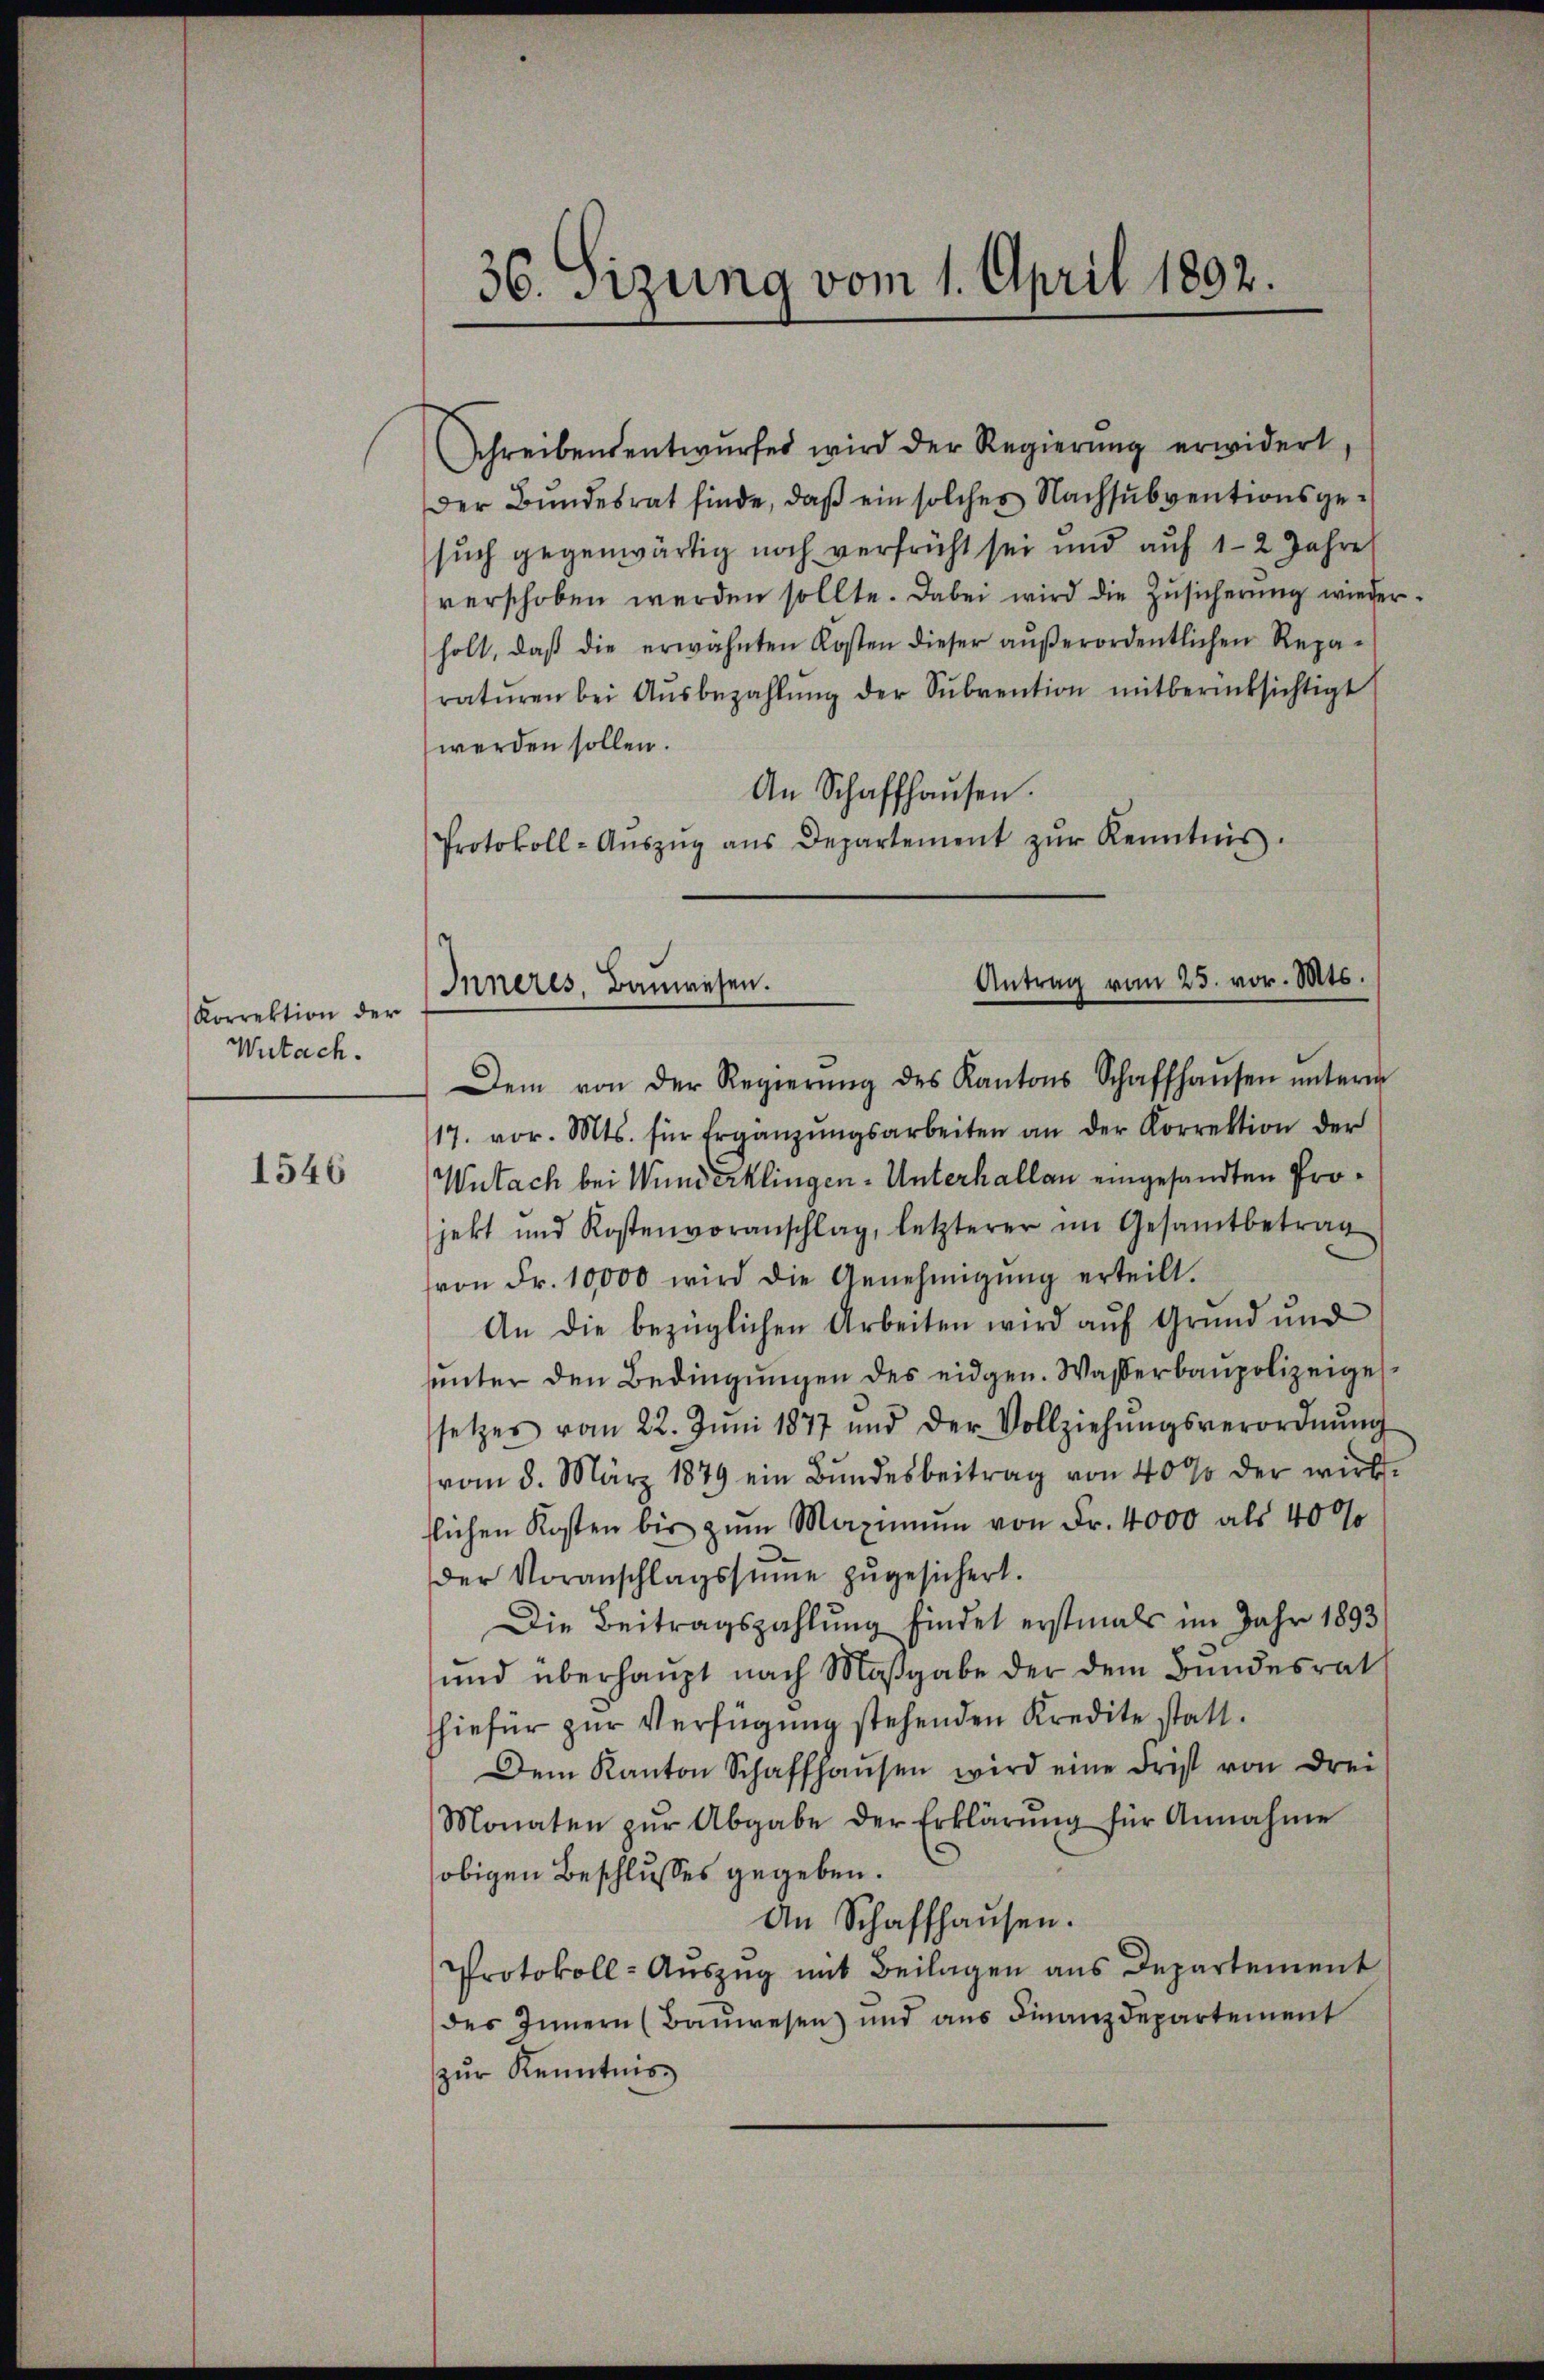
Korrektion der
Wutach.

1546

36. Sitzung vom 1. April 1892.

Antrag vom 25. vor. Mts.
Inneres, Bauwesen.

Schreibensentwurfes wird der Regierung erwidert,
Der Bundesrat finde, daß ein solches Nachsubventionsgesuch gegenwärtig noch verfrüht sei und auf 12 Jahre
verschoben werden sollte. Dabei wird die Zusicherung wieder
holt, daβ die erwähnten Kosten dieser aŭβerordentlichen Repa-
ratŭren bei Aŭsbezahlŭng der Sŭbvention mitberücksichtigt
werden sollen.
An Schaffhausen.
Protokoll-Aŭszŭg ans Departement zŭr Kenntnis.
Dem von der Regierŭng des Kantons Schaffhaŭsen ŭnterm
17. vor. Mts. für Ergänzŭngsarbeiten an der Korrektion der
Wutach bei Wunderklingen-Unterhallen eingesandten Projekt und Kostenvoranschlag, letzterer im Gesamtbetrag
von Fr. 10,000 wird die Genehmigŭng erteilt.
An die bezüglichen Arbeiten wird auf Grund und
unter den Bedingungen des eidgen. Wasserbaupolizeiges
setzes vom 22. Juni 1877 und der Vollziehŭngsverordnŭng
vom 8. März 1879 ein Bŭndesbeitrag von 40% der wirk-
tlichen Kosten bis zŭm Maximum von Fr. 4000 als 40%
der Voranschlagssumme zugesichert.
Die Beitragszahlung findet erstmals im Jahr 1893
und überhaupt nach Maßgabe der dem Bundesrat
hiefür zur Verfügung stehenden Kredite statt.
Dem Kanton Schaffhaŭsen wird eine Frist von drei
Monaten zŭr Abgabe der Erklärŭng für Annahme
obigen Beschlusses gegeben.
An Schaffhausen.
Protokoll-Auszug mit Beilagen aus Departement
des Innern (Bauwesen und aus Finanzdepartement
zŭr Kenntnis